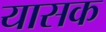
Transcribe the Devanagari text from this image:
यासक